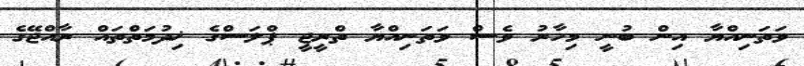
ވަތަނިއްޔާ އިން ބުނީ މިހާރު ވެސް ވަތަނިއްޔާ ތްރީޖީ ޕްލަސްގެ ޚިދުމަތްތައް ރާއްޖޭގެ